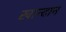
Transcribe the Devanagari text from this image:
खान्दान